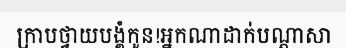
ក្រាបថ្វាយបង្គំកូន!អ្នកណាដាក់បណ្តាសា